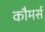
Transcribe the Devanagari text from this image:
कौमर्स